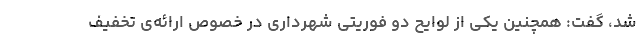
شد، گفت: همچنین یکی از لوایح دو فوریتی شهرداری در خصوص ارائه‌ی تخفیف